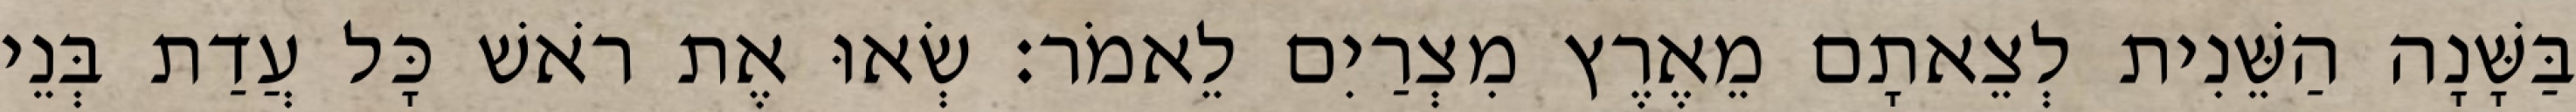
בַּשָּׁנָה הַשֵּׁנִית לְצֵאתָם מֵאֶרֶץ מִצְרַיִם לֵאמֹר׃ שְׂאוּ אֶת רֹאשׁ כָּל עֲדַת בְּנֵי